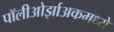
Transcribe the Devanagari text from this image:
पॉलीओर्झाअकमध्ये